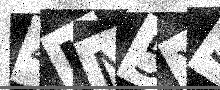
Text: 4MN5XS